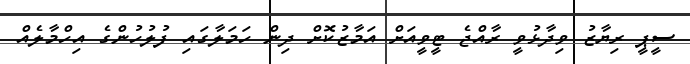
ސީޕީ ރިޔާޒު ވިދާޅުވީ ރާއްޖެ ޓީވީއަށް އަމާޒުކޮށް ދިން ހަމަލާގައި ފުލުހުންގެ އިހްމާލެއް